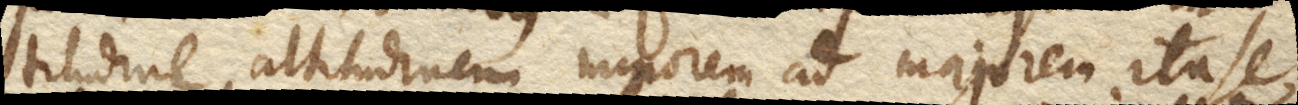
titudine altitudinem minorem ad majorem ita se